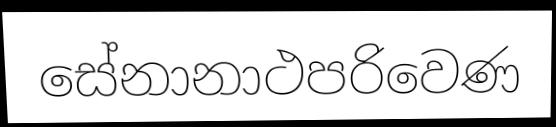
සේනානාථපරිවෙණ